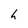
Character: h